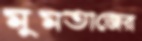
মুমতাজের